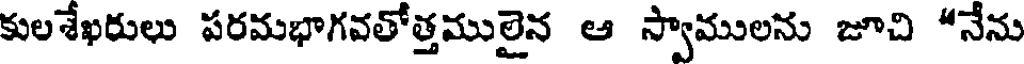
కులశేఖరులు పరమభాగవతోత్తములైన ఆ స్వాములను జూచి *నేను